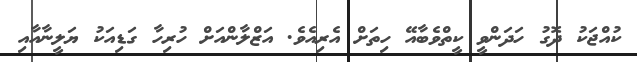
ކުއްޖަކު ދޮގު ހަދަންވީ ކީތްވެބާއޭ ހިތަށް އެރިއެވެ. އަޒްލާންއަށް ހުރިހާ ގަޑިއަކު ޔަލީނާއާއި